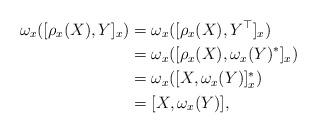
LaTeX: \begin{align*} \omega_x([\rho_x(X), Y]_x) &= \omega_x([\rho_x(X), Y^\top]_x) \\ &= \omega_x([\rho_x(X), \omega_x(Y)^*]_x) \\ &= \omega_x([X, \omega_x(Y)]^*_x) \\ &= [X, \omega_x(Y)], \end{align*}